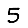
Digit: 5